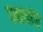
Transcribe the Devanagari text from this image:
वक्त्यांचे